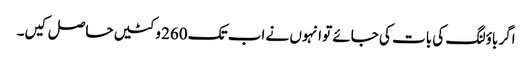
اگر باؤلنگ کی بات کی جائے تو انہوں نے اب تک 260 وکٹیں حاصل کیں۔